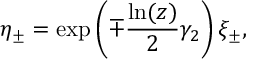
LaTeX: \eta _ { \pm } = \exp \left( \mp \frac { \ln ( z ) } { 2 } \gamma _ { 2 } \right) \xi _ { \pm } ,